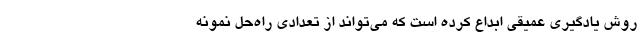
روش یادگیری عمیقی ابداع کرده است که می‌تواند از تعدادی راه‌حل نمونه